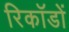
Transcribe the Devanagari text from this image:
रिकॉडों